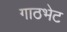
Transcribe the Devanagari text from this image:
गाठभेट